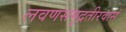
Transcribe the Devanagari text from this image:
लवणसमुद्रतीरवासं